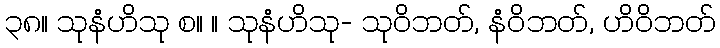
၃၈။ သုနံဟိသု စ။ ။ သုနံဟိသု- သုဝိဘတ်, နံဝိဘတ်, ဟိဝိဘတ်